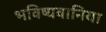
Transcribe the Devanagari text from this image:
भविष्यवानिया